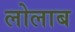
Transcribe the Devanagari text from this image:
लोलाब